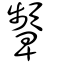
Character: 顰